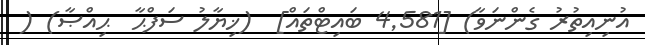
އުނިއިތުރު ގެންނަވާ) [4